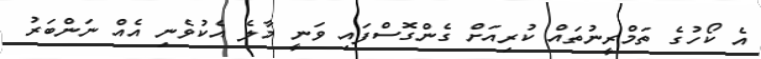
އެ ކޯހުގެ ތަމްރީނުތައް ކުރިއަށް ގެންގޮސްފައި ވަނީ މާލެ އެކުވެނި އެއް ނަންބަރު